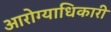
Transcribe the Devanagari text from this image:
आरोग्याधिकारी